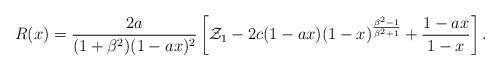
LaTeX: \begin{align*}R(x) = {2 a \over {(1+\beta^2) (1-ax)^2}} \left[ {\cal Z}_1 - 2 c (1-ax) (1-x)^{{\beta^2-1}\over {\beta^2+1}} + { {1-a x} \over {1-x}} \right] .\end{align*}